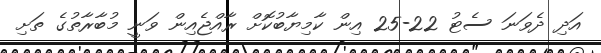
އަދި ދެވަނަ ސެޓު 22-25 އިން ކާމިޔާބުކޮށް ރާއްޖެއިން ވަނީ މުބާރާތުގެ ތަށި